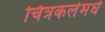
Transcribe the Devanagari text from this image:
चित्रकलेमधे